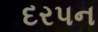
દરપન